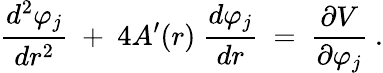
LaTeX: {\frac{d^{2}\varphi_{j}}{dr^{2}}}~+~4A^{\prime}(r)~{\frac{d\varphi_{j}}{dr}}~=~{\frac{\partial V}{\partial\varphi_{j}}}\ .